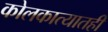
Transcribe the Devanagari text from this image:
कोलकात्यातही